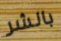
بالشر